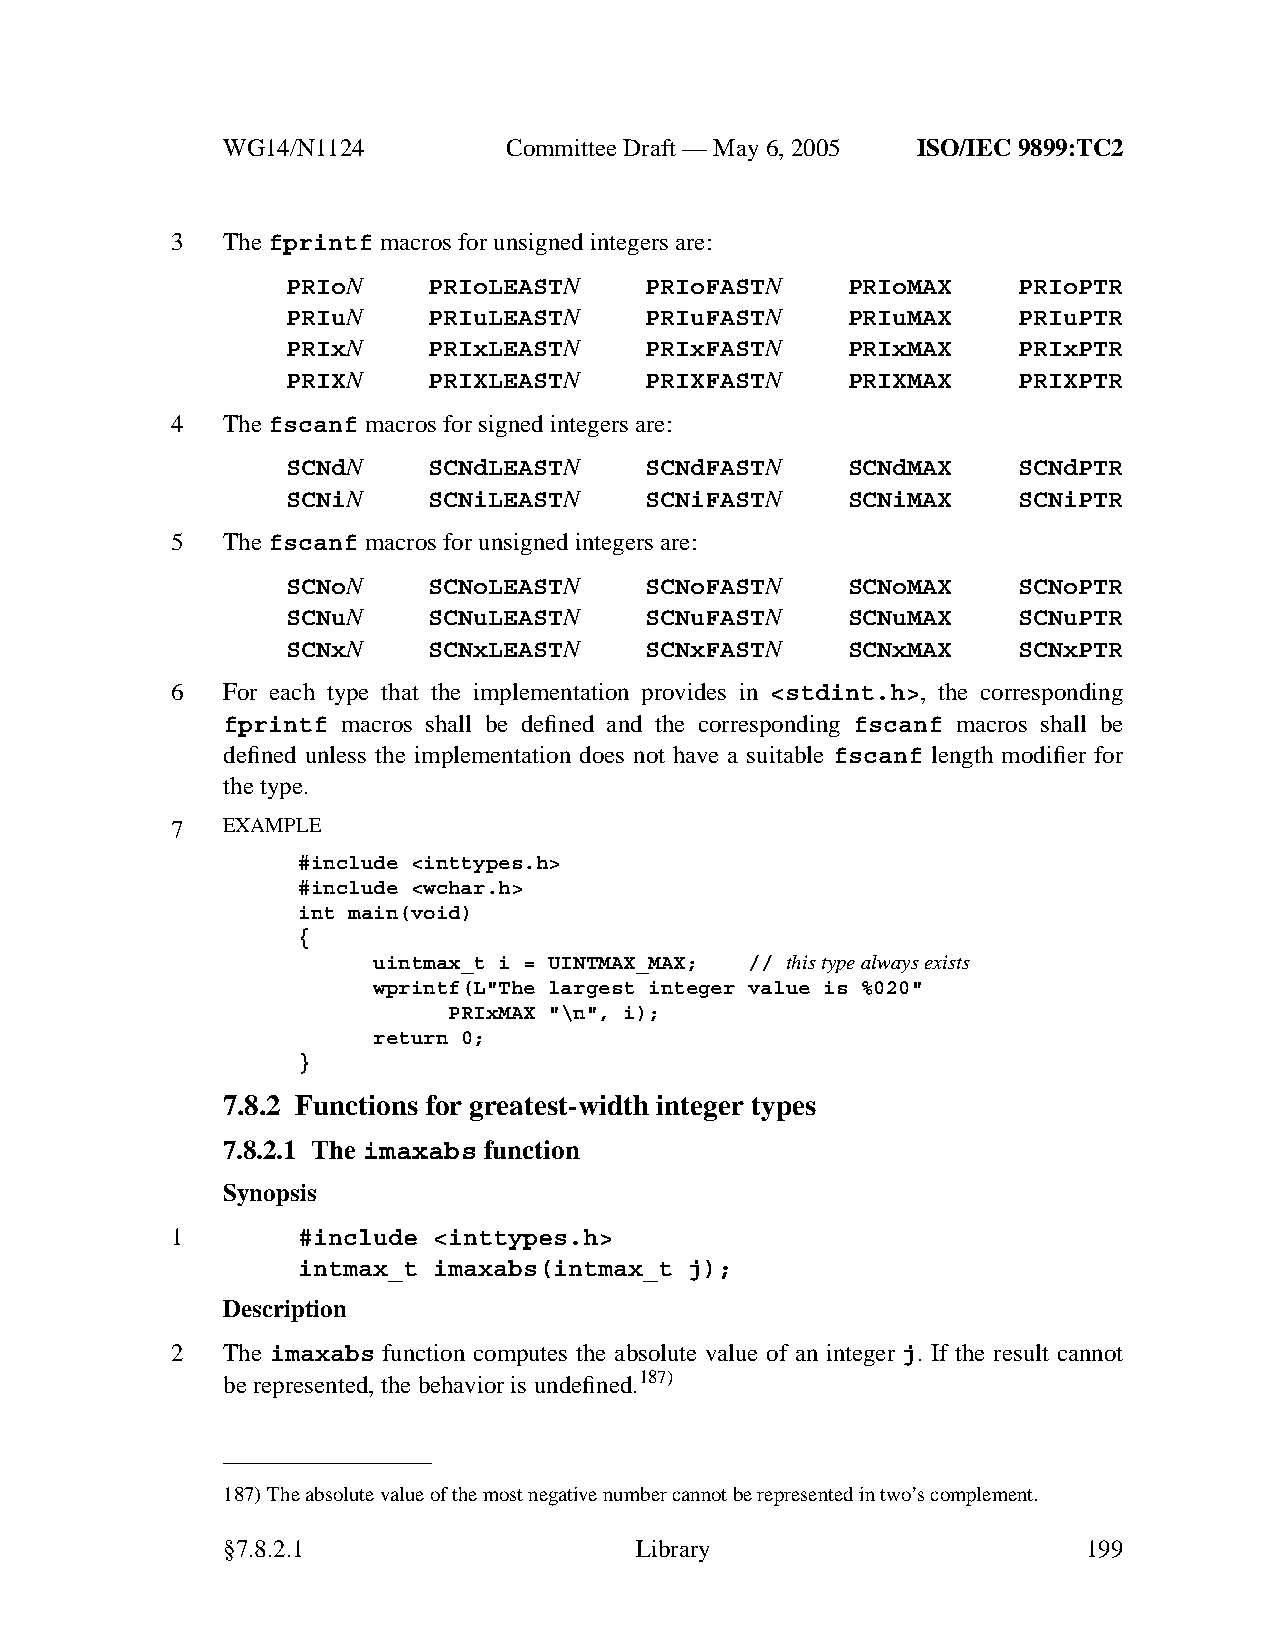
WG14/N1124        CommitteeDraft — May 6, 2005 ISO/IEC 9899:TC2
 3   Thefprintf macros for unsigned integers are:
 PRIoN    PRIoLEASTN     PRIoFASTN    PRIoMAX    PRIoPTR
 PRIuN    PRIuLEASTN     PRIuFASTN    PRIuMAX    PRIuPTR
 PRIxN    PRIxLEASTN     PRIxFASTN    PRIxMAX    PRIxPTR
 PRIXN    PRIXLEASTN     PRIXFASTN    PRIXMAX    PRIXPTR
 4   Thefscanf macros for signed integers are:
 SCNdN    SCNdLEASTN     SCNdFASTN    SCNdMAX    SCNdPTR
 SCNiN    SCNiLEASTN     SCNiFASTN    SCNiMAX    SCNiPTR
 5   Thefscanf macros for unsigned integers are:
 SCNoN    SCNoLEASTN     SCNoFASTN    SCNoMAX    SCNoPTR
 SCNuN    SCNuLEASTN     SCNuFASTN    SCNuMAX    SCNuPTR
 SCNxN    SCNxLEASTN     SCNxFASTN    SCNxMAX    SCNxPTR
 6   For each type that the implementation provides in <stdint.h>, the corresponding
 fprintf macros shall be defined and the corresponding fscanf macros shall be
 defined unless the implementation does not have a suitable fscanf length modifier for
 the type.
 7   EXAMPLE
 #include <inttypes.h>
 #include <wchar.h>
 int main(void)
 {
 uintmax_t i = UINTMAX_MAX; // this type always exists
 wprintf(L"The largest integer value is %020"
 PRIxMAX "\n", i);
 return 0;
 }
 7.8.2 Functions for greatest-width integer types
 7.8.2.1 The imaxabs function
 Synopsis
 1        #include <inttypes.h>
 intmax_t imaxabs(intmax_t j);
 Description
 2   The imaxabs function computes the absolute value of an integer j. If the result cannot
 be represented, the behavior is undefined.187)
 187)The absolute value of the most negative number cannot be represented in two’scomplement.
 §7.8.2.1                   Library                       199